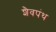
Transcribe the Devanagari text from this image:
शैवपंथ